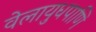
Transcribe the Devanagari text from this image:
वेलायुधपाणि